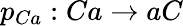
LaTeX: p_{Ca}:Ca\rightarrow aC